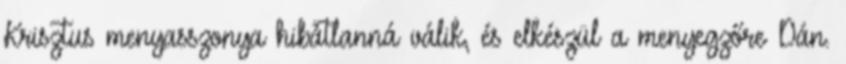
Krisztus menyasszonya hibátlanná válik, és elkészül a menyegzőre Dán.